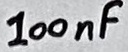
Text: 100nF